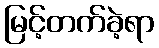
မြင့်တက်ခဲ့ရာ